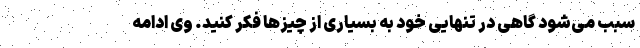
سبب می‌شود گاهی در تنهایی خود به بسیاری از چیزها فکر کنید. وی ادامه